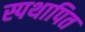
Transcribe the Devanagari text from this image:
स्पथापित